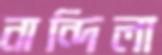
নান্দিলা